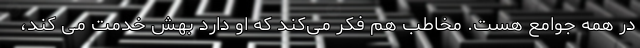
در همه جوامع هست. مخاطب هم فکر می‌کند که او دارد بهش خدمت می کند،